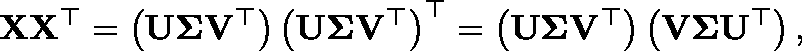
\mathbf { X } \mathbf { X } ^ { \top } = \left( \mathbf { U } \mathbf { \Sigma } \mathbf { V } ^ { \top } \right) \left( \mathbf { U } \mathbf { \Sigma } \mathbf { V } ^ { \top } \right) ^ { \top } = \left( \mathbf { U } \mathbf { \Sigma } \mathbf { V } ^ { \top } \right) \left( \mathbf { V } \mathbf { \Sigma } \mathbf { U } ^ { \top } \right) ,